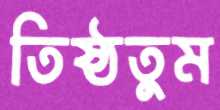
তিষ্ঠতুম